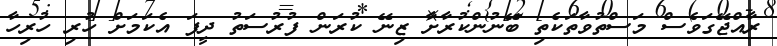
ރާއްޖޭގަވެސް މަސްތުވާތަކެތި ބޭނުންކުރާށާ ޒިނޭ ކުރަން ފުރުސަތު ދީފަ އެކަމަށް ހުރި ހުރިހާ